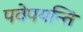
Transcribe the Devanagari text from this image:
पवेपयन्ति